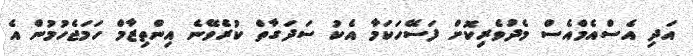
އަދި އެސްއެމްއެސް މެދުވެރިކޮށް ފަސޭހަކަމާ އެކު ސަދަގާތް ކުރެވޭނެ އިންތިޒާމް ހަމަޖެހުމުން އެ